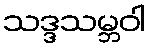
သဒ္ဒသမ္ဘဝါ